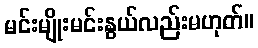
မင်းမျိုးမင်းနွယ်လည်းမဟုတ်။